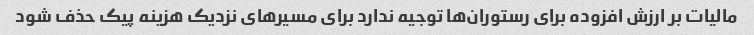
مالیات بر ارزش افزوده برای رستوران‌ها توجیه ندارد برای مسیرهای نزدیک هزینه پیک حذف شود